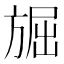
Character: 𭤾